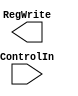
module Control(ControlIn, RegWrite);


input [6:0] ControlIn;
output reg RegWrite;

always @(*) begin
    case(ControlIn)
    7'b0110011: $display("R-Type");
    7'b0010011: $display("I-Type");
    7'b1100011: $display("B-Type");
    7'b0100011: $display("S-Type");
    7'b0000011: $display("I(Load)-Type");



    endcase


end

endmodule